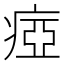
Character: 瘂